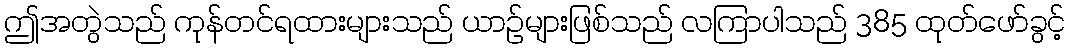
ဤအတွဲသည် ကုန်တင်ရထားများသည် ယာဉ်များဖြစ်သည် လကြာပါသည် 385 ထုတ်ဖော်ခွင့်